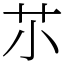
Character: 䒕